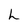
Character: L